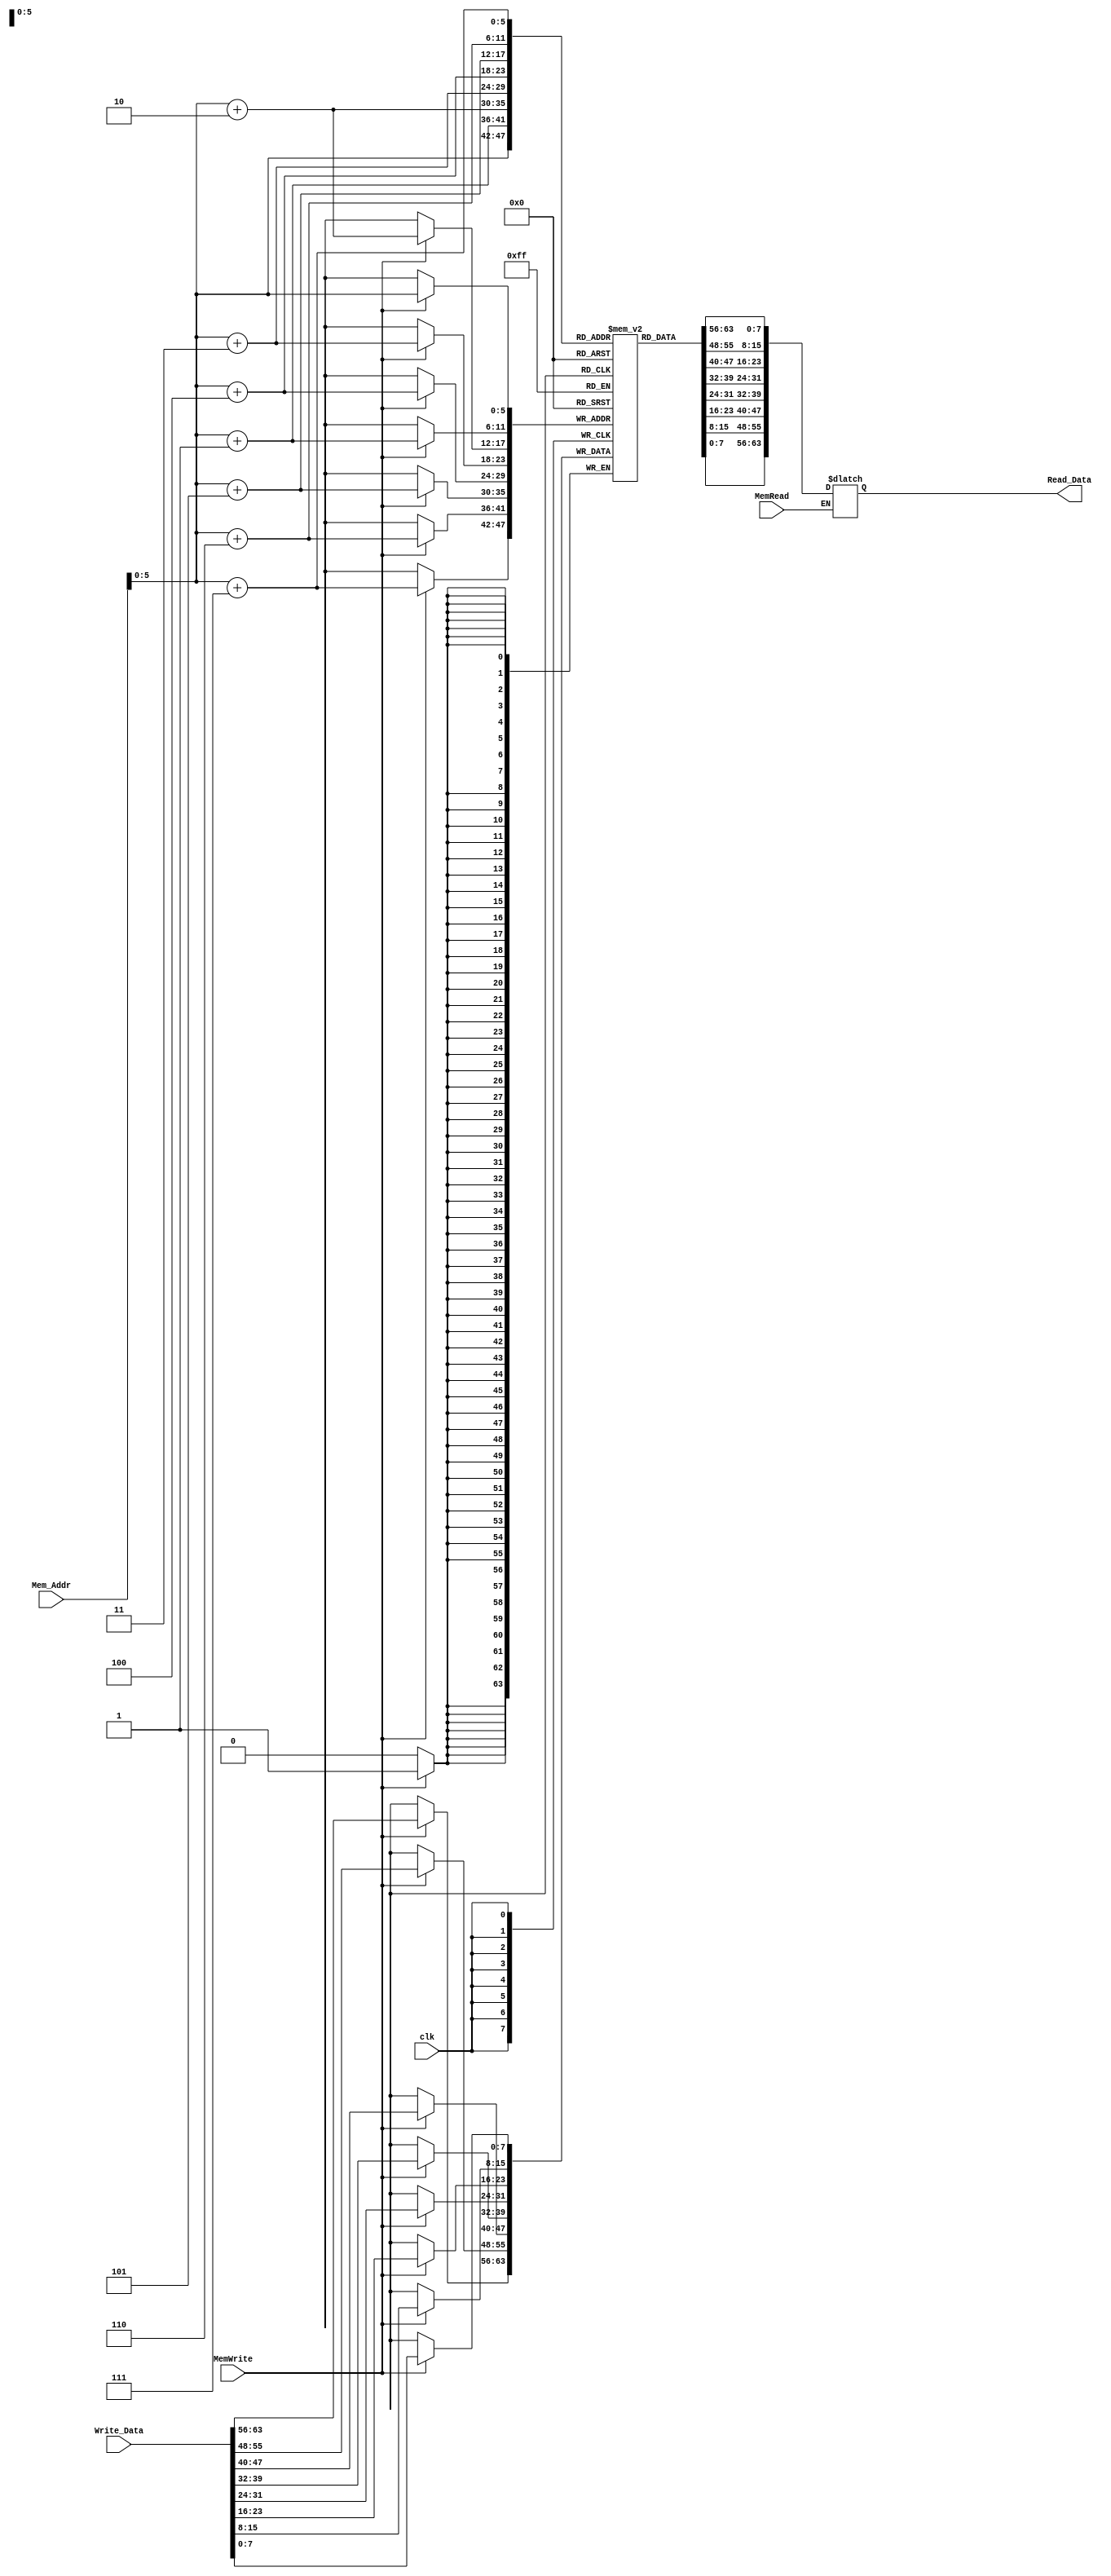
module Data_Memory_1
(
    input [63:0] Mem_Addr,
    input [63:0] Write_Data,
    input clk,
    input MemWrite, MemRead,
    output [63:0] Read_Data
);

reg [7:0] memory [63:0];
reg [63:0] temp_data;
integer i;

initial begin
for (i=0 ;i<64 ; i = i + 1) begin
    memory[i] = i;
end

end


always @(negedge clk) begin
    if (MemWrite) begin
        memory[Mem_Addr] = Write_Data[7:0];
        memory[Mem_Addr+1] = Write_Data[15:8];
        memory[Mem_Addr+2] = Write_Data[23:16];
        memory[Mem_Addr+3] = Write_Data[31:24];
        memory[Mem_Addr+4] = Write_Data[39:32];
        memory[Mem_Addr+5] = Write_Data[47:40];
        memory[Mem_Addr+6] = Write_Data[55:48];
        memory[Mem_Addr+7] = Write_Data[63:56];
    end
end



always @(*) begin
    if (MemRead) begin
        temp_data <= {memory[Mem_Addr+7], memory[Mem_Addr+6], memory[Mem_Addr+5], memory[Mem_Addr+4], memory[Mem_Addr+3], memory[Mem_Addr+2], memory[Mem_Addr+1], memory[Mem_Addr]};
    end
end

assign Read_Data = temp_data;



endmodule // Data_Memory